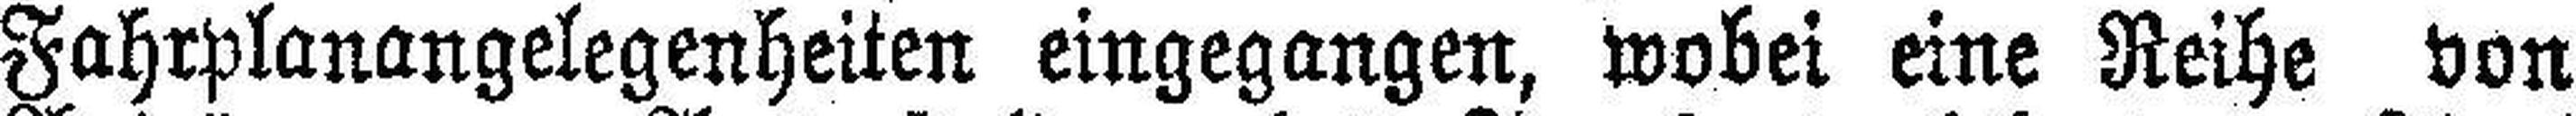
Fahrplanangelegenheiten eingegangen, wobei eine Reihe von